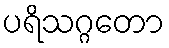
ပရိသဂ္ဂတော